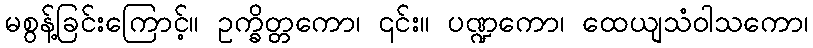
မစွန့်ခြင်းကြောင့်။ ဥက္ခိတ္တကော၊ ၎င်း။ ပဏ္ဍကော၊ ထေယျသံဝါသကော၊